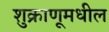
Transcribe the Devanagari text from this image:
शुक्राणूमधील